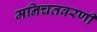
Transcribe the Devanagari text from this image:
मनिचतवरणी